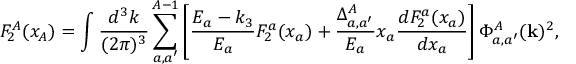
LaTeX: F _ { 2 } ^ { A } ( x _ { A } ) = \int \frac { d ^ { 3 } k } { ( 2 \pi ) ^ { 3 } } \sum _ { a , a ^ { \prime } } ^ { A - 1 } \left[ \frac { E _ { a } - { k _ { 3 } } } { E _ { a } } F _ { 2 } ^ { a } ( x _ { a } ) + \frac { \Delta _ { a , a ^ { \prime } } ^ { A } } { E _ { a } } x _ { a } \frac { d F _ { 2 } ^ { a } ( x _ { a } ) } { d x _ { a } } \right] \Phi _ { a , a ^ { \prime } } ^ { A } ( { \bf k } ) ^ { 2 } ,